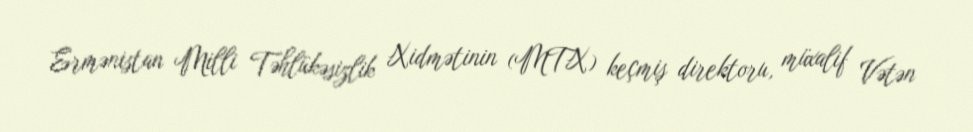
Ermənistan Milli Təhlükəsizlik Xidmətinin (MTX) keçmiş direktoru, müxalif Vətən